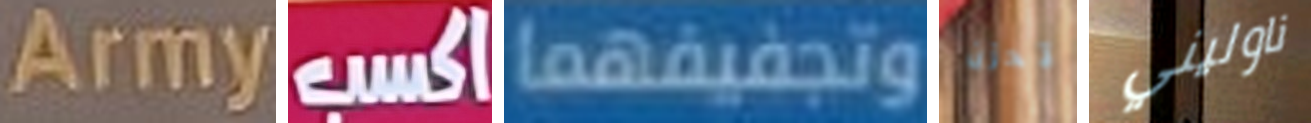
Army اكسب وتجفيفهما تحزن ناوليني